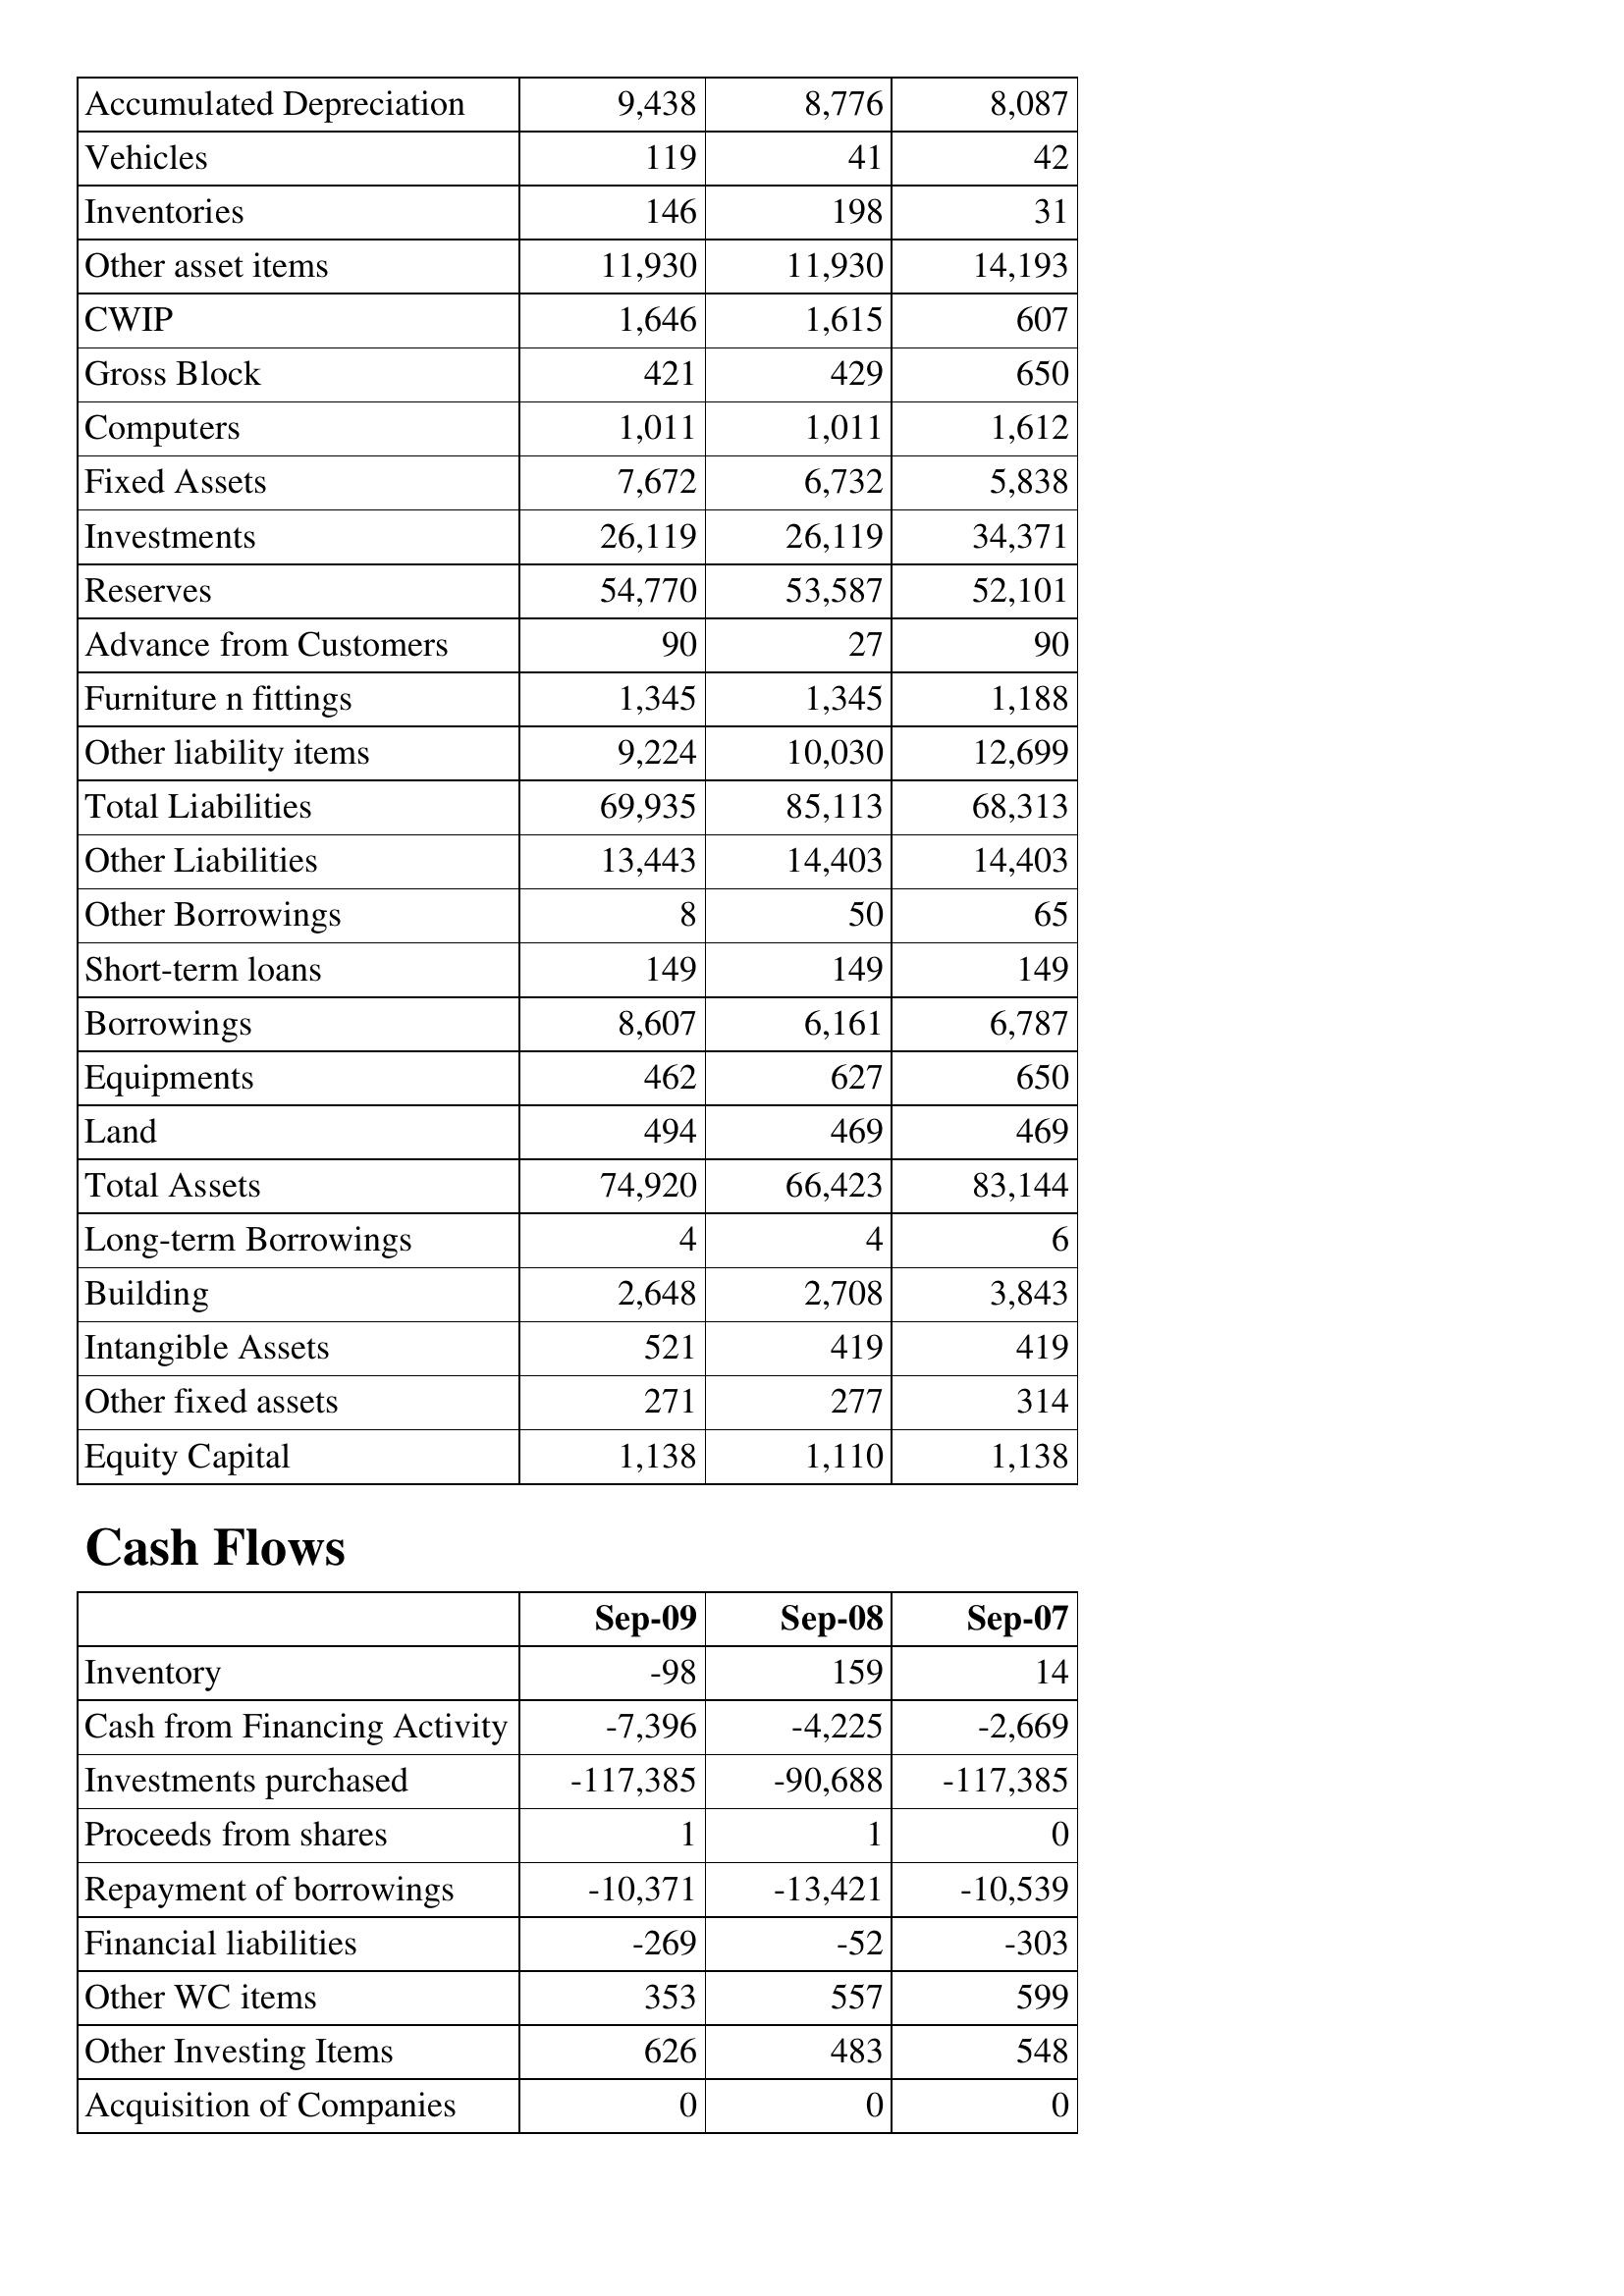
Sep-09: Balance Sheet: Accumulated Depreciation: 9,438
Vehicles: 119
Inventories: 146
Other asset items: 11,930
CWIP: 1,646
Gross Block: 421
Computers: 1,011
Fixed Assets: 7,672
Investments: 26,119
Reserves: 54,770
Advance from Customers: 90
Furniture n fittings: 1,345
Other liability items: 9,224
Total Liabilities: 69,935
Other Liabilities: 13,443
Other Borrowings: 8
Short-term loans: 149
Borrowings: 8,607
Equipments: 462
Land: 494
Total Assets: 74,920
Long-term Borrowings: 4
Building: 2,648
Intangible Assets: 521
Other fixed assets: 271
Equity Capital: 1,138
Cash Flows: Inventory: -98
Cash from Financing Activity: -7,396
Investments purchased: -117,385
Proceeds from shares: 1
Repayment of borrowings: -10,371
Financial liabilities: -269
Other WC items: 353
Other Investing Items: 626
Acquisition of Companies: 0
Sep-08: Balance Sheet: Accumulated Depreciation: 8,776
Vehicles: 41
Inventories: 198
Other asset items: 11,930
CWIP: 1,615
Gross Block: 429
Computers: 1,011
Fixed Assets: 6,732
Investments: 26,119
Reserves: 53,587
Advance from Customers: 27
Furniture n fittings: 1,345
Other liability items: 10,030
Total Liabilities: 85,113
Other Liabilities: 14,403
Other Borrowings: 50
Short-term loans: 149
Borrowings: 6,161
Equipments: 627
Land: 469
Total Assets: 66,423
Long-term Borrowings: 4
Building: 2,708
Intangible Assets: 419
Other fixed assets: 277
Equity Capital: 1,110
Cash Flows: Inventory: 159
Cash from Financing Activity: -4,225
Investments purchased: -90,688
Proceeds from shares: 1
Repayment of borrowings: -13,421
Financial liabilities: -52
Other WC items: 557
Other Investing Items: 483
Acquisition of Companies: 0
Sep-07: Balance Sheet: Accumulated Depreciation: 8,087
Vehicles: 42
Inventories: 31
Other asset items: 14,193
CWIP: 607
Gross Block: 650
Computers: 1,612
Fixed Assets: 5,838
Investments: 34,371
Reserves: 52,101
Advance from Customers: 90
Furniture n fittings: 1,188
Other liability items: 12,699
Total Liabilities: 68,313
Other Liabilities: 14,403
Other Borrowings: 65
Short-term loans: 149
Borrowings: 6,787
Equipments: 650
Land: 469
Total Assets: 83,144
Long-term Borrowings: 6
Building: 3,843
Intangible Assets: 419
Other fixed assets: 314
Equity Capital: 1,138
Cash Flows: Inventory: 14
Cash from Financing Activity: -2,669
Investments purchased: -117,385
Proceeds from shares: 0
Repayment of borrowings: -10,539
Financial liabilities: -303
Other WC items: 599
Other Investing Items: 548
Acquisition of Companies: 0